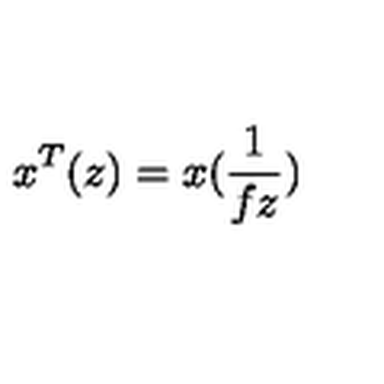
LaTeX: x ^ { T } ( z ) = x ( \frac { 1 } { f z } )